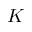
K